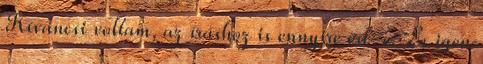
Kíváncsi voltam, az íráshoz is ennyire ért-e. És igen